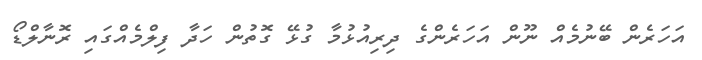
އަހަރެން ބޭނުމެއް ނޫން އަހަރެންގެ ދިރިއުޅުމާ ގުޅޭ ގޮތުން ހަދާ ފިލްމެއްގައި ރޮނާލްޑޯ